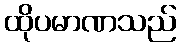
ထိုပမာဏသည်